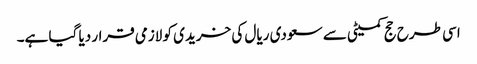
اسی طرح حج کمیٹی سے سعودی ریال کی خریدی کو لازمی قرار دیا گیا ہے۔